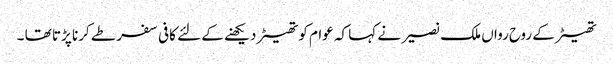
تھیٹر کے روح رواں ملک نصیر نے کہا کہ عوام کو تھیٹر دیکھنے کے لئے کافی سفر طے کرنا پڑتا تھا ۔